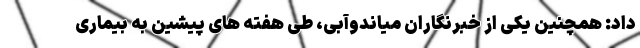
داد: همچنین یکی از خبرنگاران میاندوآبی، طی هفته های پیشین به بیماری